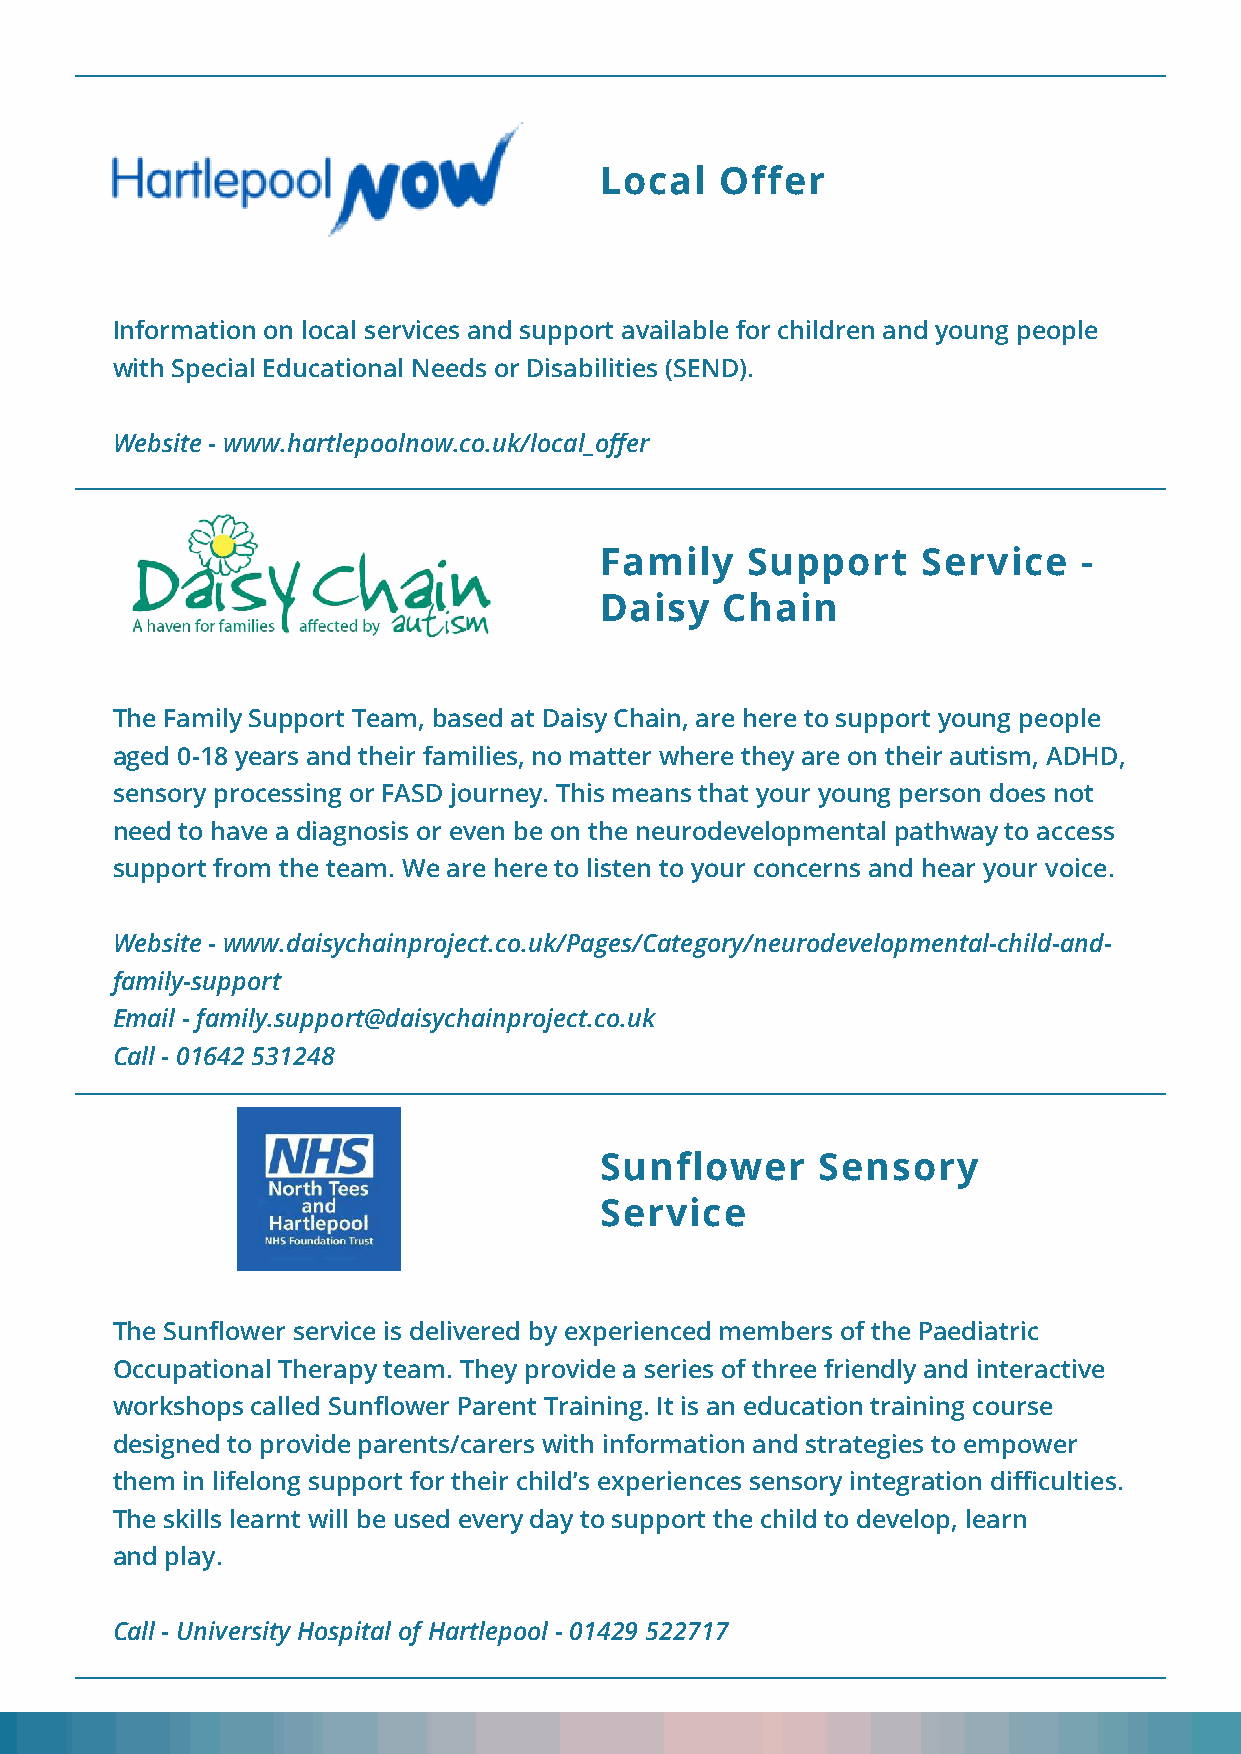
Local   Offer
 Information on local services and support available for children and young people
 with Special Educational Needs or Disabilities (SEND).
 Website - www.hartlepoolnow.co.uk/local_offer
 Family   Support     Service    -
 Daisy   Chain
 The Family Support Team, based at Daisy Chain, are here to support young people
 aged 0-18 years and their families, no matter where they are on their autism, ADHD,
 sensory processing or FASD journey. This means that your young person does not
 need to have a diagnosis or even be on the neurodevelopmental pathway to access
 support from the team. We are here to listen to your concerns and hear your voice.
 Website - www.daisychainproject.co.uk/Pages/Category/neurodevelopmental-child-and-
 family-support
 Email - family.support@daisychainproject.co.uk
 Call - 01642 531248
 Sunflower     Sensory
 Service
 The Sunflower service is delivered by experienced members of the Paediatric
 Occupational Therapy team. They provide a series of three friendly and interactive
 workshops called Sunflower Parent Training. It is an education training course
 designed to provide parents/carers with information and strategies to empower
 them in lifelong support for their child’s experiences sensory integration difficulties.
 The skills learnt will be used every day to support the child to develop, learn
 and play.
 Call - University Hospital of Hartlepool - 01429 522717